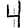
Digit: 4